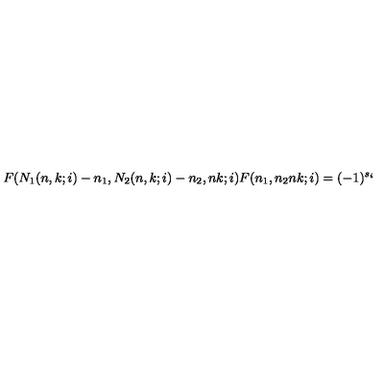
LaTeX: F ( N _ { 1 } ( n , k ; i ) - n _ { 1 } , N _ { 2 } ( n , k ; i ) - n _ { 2 } , n k ; i ) F ( n _ { 1 } , n _ { 2 } n k ; i ) = ( - 1 ) ^ { s _ { i } }